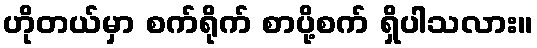
ဟိုတယ်မှာ စက်ရိုက် စာပို့စက် ရှိပါသလား။